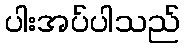
ပါးအပ်ပါသည်